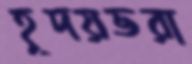
হূদয়ভরা